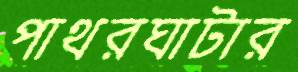
পাথরঘাটার